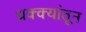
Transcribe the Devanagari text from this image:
धक्क्यांतून